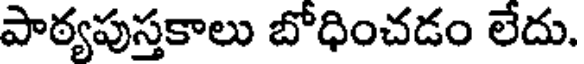
పాఠ్యపుస్తకాలు బోధించడం లేదు.